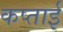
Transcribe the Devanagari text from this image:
कप्ताई